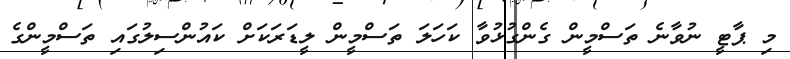
މި ޕާޓީ ނުވާނެ ތަސްމީން ގެންގުޅުވާ ކަހަލަ ތަސްމީން ލީޑަރަކަށް ކައުންސިލުގައި ތަސްމީންގެ